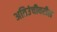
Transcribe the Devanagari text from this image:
अतिउंचीवरील